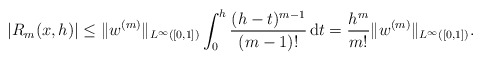
\begin{align*}|R_m(x,h)| \leq \|w^{(m)}\|_{L^{\infty}([0,1])} \int_0^h \frac{(h-t)^{m-1}}{(m-1)!}\, \mathrm{d}t = \frac{h^m}{m!} \|w^{(m)}\|_{L^{\infty}([0,1])}.\end{align*}